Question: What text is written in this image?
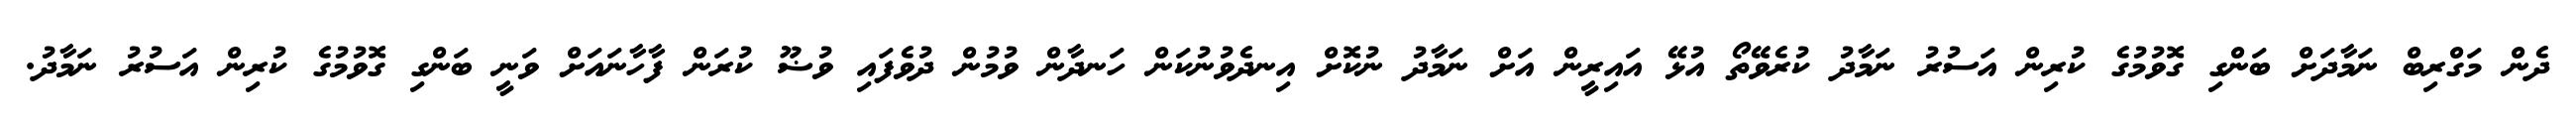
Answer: ދެން މަގްރިބް ނަމާދަށް ބަންގި ގޮވުމުގެ ކުރިން އަސުރު ނަމާދު ކުރެވޭތޯ އުޅޭ އައިރީން އަށް ނަމާދު ނުކޮށް އިނދެވުނުކަން ހަނދާން ވުމުން ދުވެފައި ވުޟޫ ކުރަން ފާހާނައަށް ވަނީ ބަންގި ގޮވުމުގެ ކުރިން އަސުރު ނަމާދު.